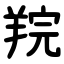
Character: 羦